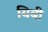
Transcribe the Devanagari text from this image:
यिबी